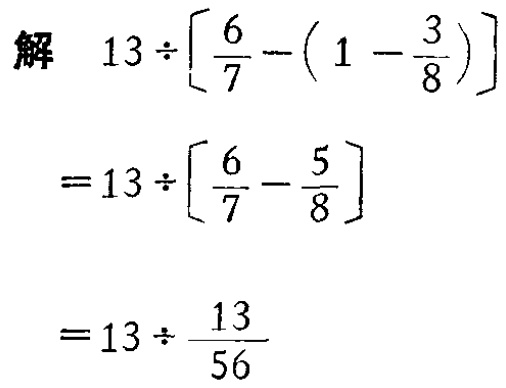
解

\[

\begin{align*}

&13\div\left[\frac{6}{7}-\left(1 - \frac{3}{8}\right)\right]\\

=&13\div\left[\frac{6}{7}-\frac{5}{8}\right]\\

=&13\div\frac{13}{56}

\end{align*}

\]